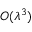
O ( \lambda ^ { 3 } )